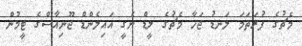
މެޗުގެ ފުރަތަމަ ލަނޑު ޖަހާ މެޗުގެ ލީޑް ނެގީ އައިލެންޑް ޖޫނިއާސްގެ ޓީމުން